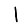
Digit: 1